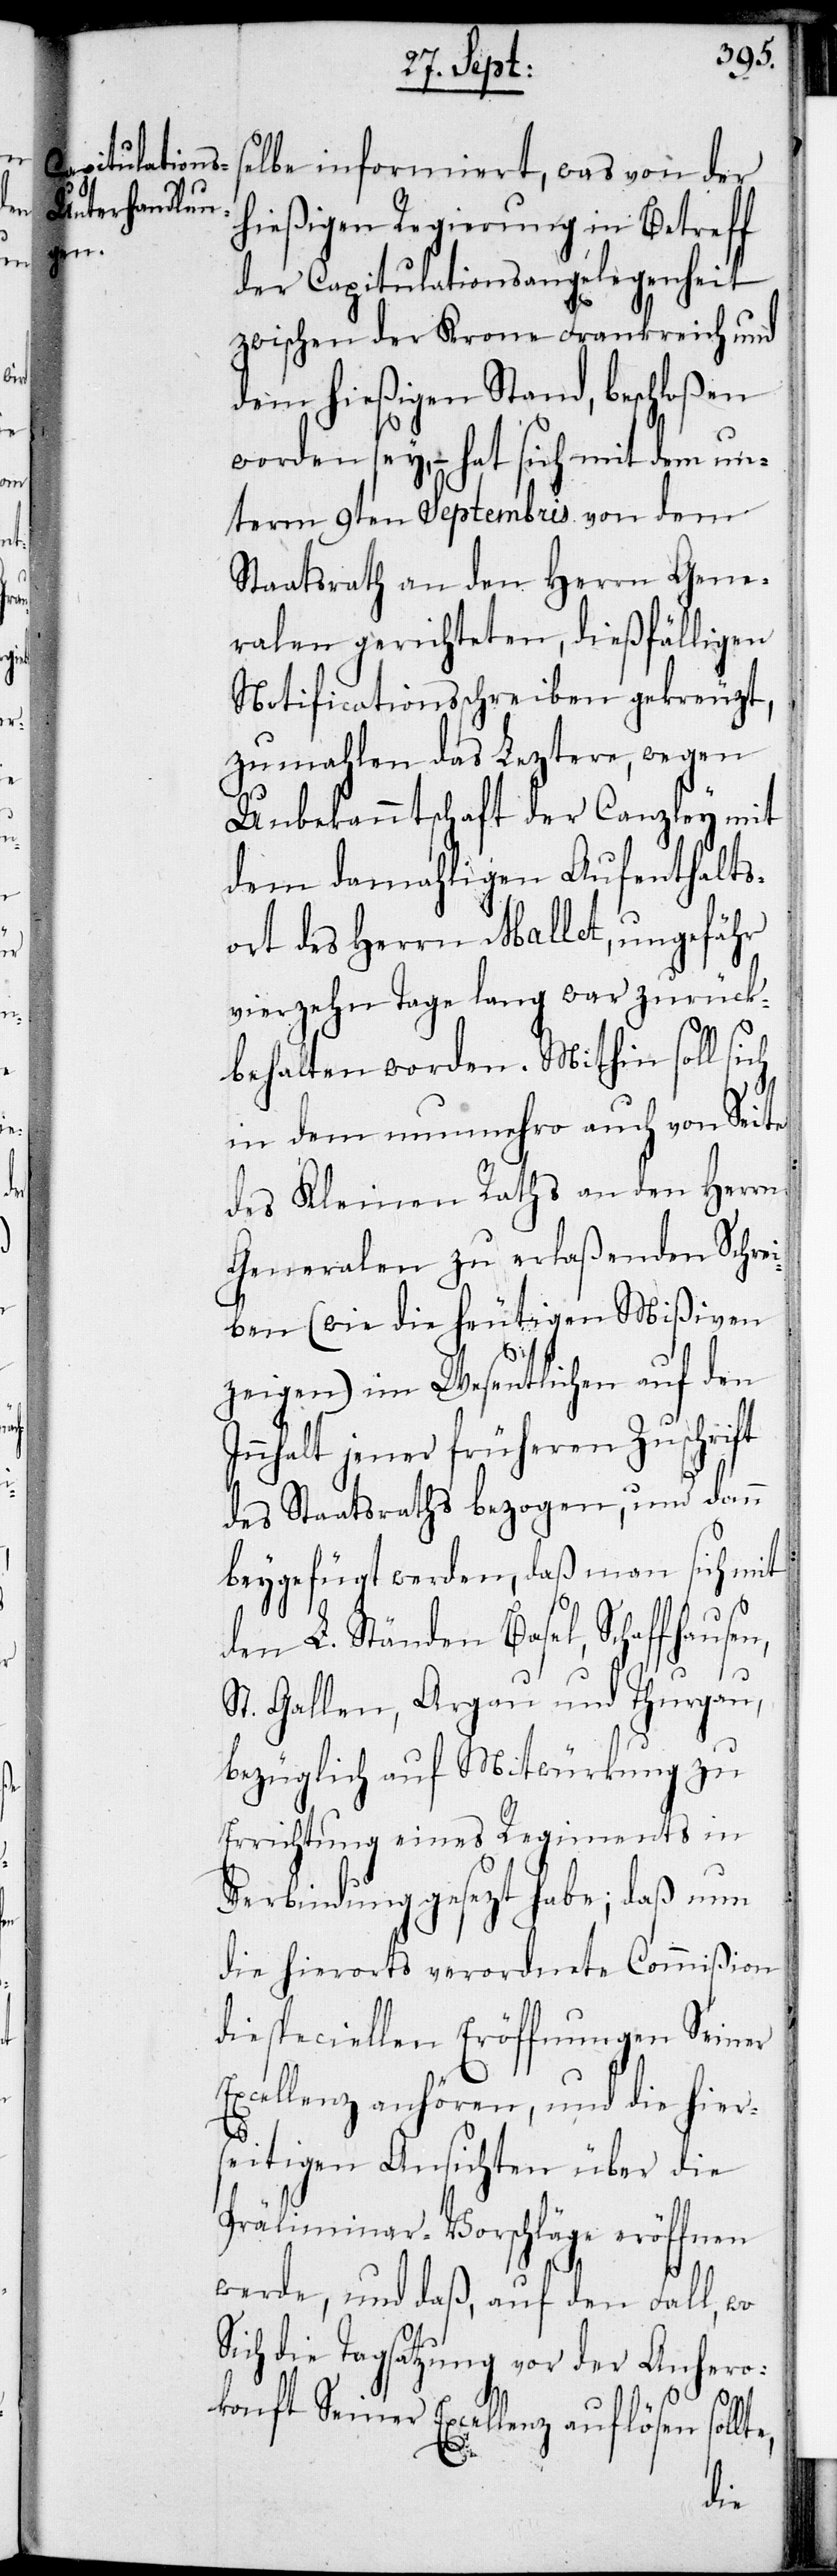
lbe informiert, was von der
hießigen Regierung in Betreff
der Capitulationsangelegenheit
zwischen der Krone Frankreich und
dem hießigen Stand, beschloßen
worden sey, – hat sich mit dem un¬
term 9ten Septembris von dem
Staatsrath an den Herrn Gene¬
ralen gerichteten, dießfälligen
Notificationsschreiben gekreuzt,
zumahlen das Leztere, wegen
Unbekanntschaft der Canzley mit
dem damahligen Aufenthalts¬
ort des Herrn Mallet, ungefähr
vierzehn Tage lang war zurück¬
behalten worden. Mithin soll sich
in dem nunmehro auch von Seite
des Kleinen Raths an den Herrn
Generalen zu erlaßenden Schrei¬
ben (wie die heutigen Mißiven
zeigen) im Wesentlichen auf den
nnhalt jener früheren Zuschrift
des Staatsraths bezogen, und dem
beygefügt werden, daß man sich mit
den L. Ständen Basel, Schaffhausen,
St. Gallen, Argau und Thurgau,
bezüglich auf Mitwürkung zu
Errichtung eines Regiments in
Verbindung gesezt habe; daß nun
die hierorts verordnete Commißion
die speciellen Eröffnungen Seiner
Excellenz anhören, und die hier¬
seitigen Ansichten über die
Präliminar-Vorschläge eröffnen
werde, und daß, auf den Fall, wo
sich die Tagsatzung vor der Anhero¬
konft Seiner Excellenz auflösen sollt¬
e,